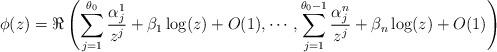
LaTeX: \begin{align*}\phi(z)=\Re\left(\sum_{j=1}^{\theta_0}\frac{\alpha_j^1}{z^j}+\beta_1\log(z)+O(1),\cdots,\sum_{j=1}^{\theta_0-1}\frac{\alpha_j^n}{z^j}+\beta_n\log(z)+O(1)\right)\end{align*}